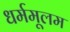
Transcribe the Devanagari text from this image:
धर्ममूलम